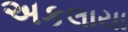
અકલાયા